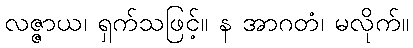
လဇ္ဇာယ၊ ရှက်သဖြင့်။ န အာဂတံ၊ မလိုက်။